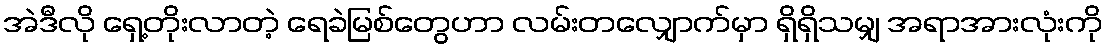
အဲဒီလို ရှေ့တိုးလာတဲ့ ရေခဲမြစ်တွေဟာ လမ်းတလျှောက်မှာ ရှိရှိသမျှ အရာအားလုံးကို